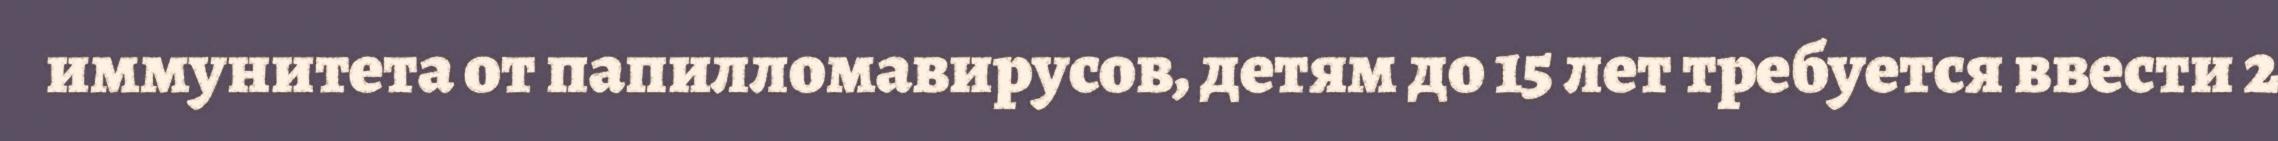
иммунитета от папилломавирусов, детям до 15 лет требуется ввести 2